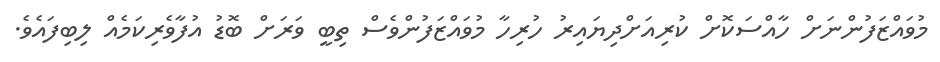
މުވައްޒަފުންނަށް ހާއްސަކޮށް ކުރިއަށްދިޔައިރު ހުރިހާ މުވައްޒަފުންވެސް ތިބީ ވަރަށް ބޮޑު އުފާވެރިކަމެއް ލިބިފައެވެ.